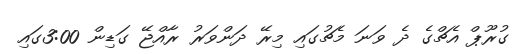
ގުރޫޕް އެޗްގެ ދެ ވަނަ މެޗުގައި މިރޭ ދަންވަރު ރާއްޖޭ ގަޑިން 3:00ގައި